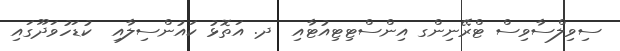
ސިވިލްސާވިސް ޓްރޭނިންގ އިންސްޓިޓިއުޓާއި  ދ. އަތޮޅު ކައުންސިލާއި  ކުޑަހުވަދޫގައި